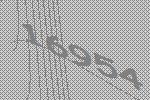
16954